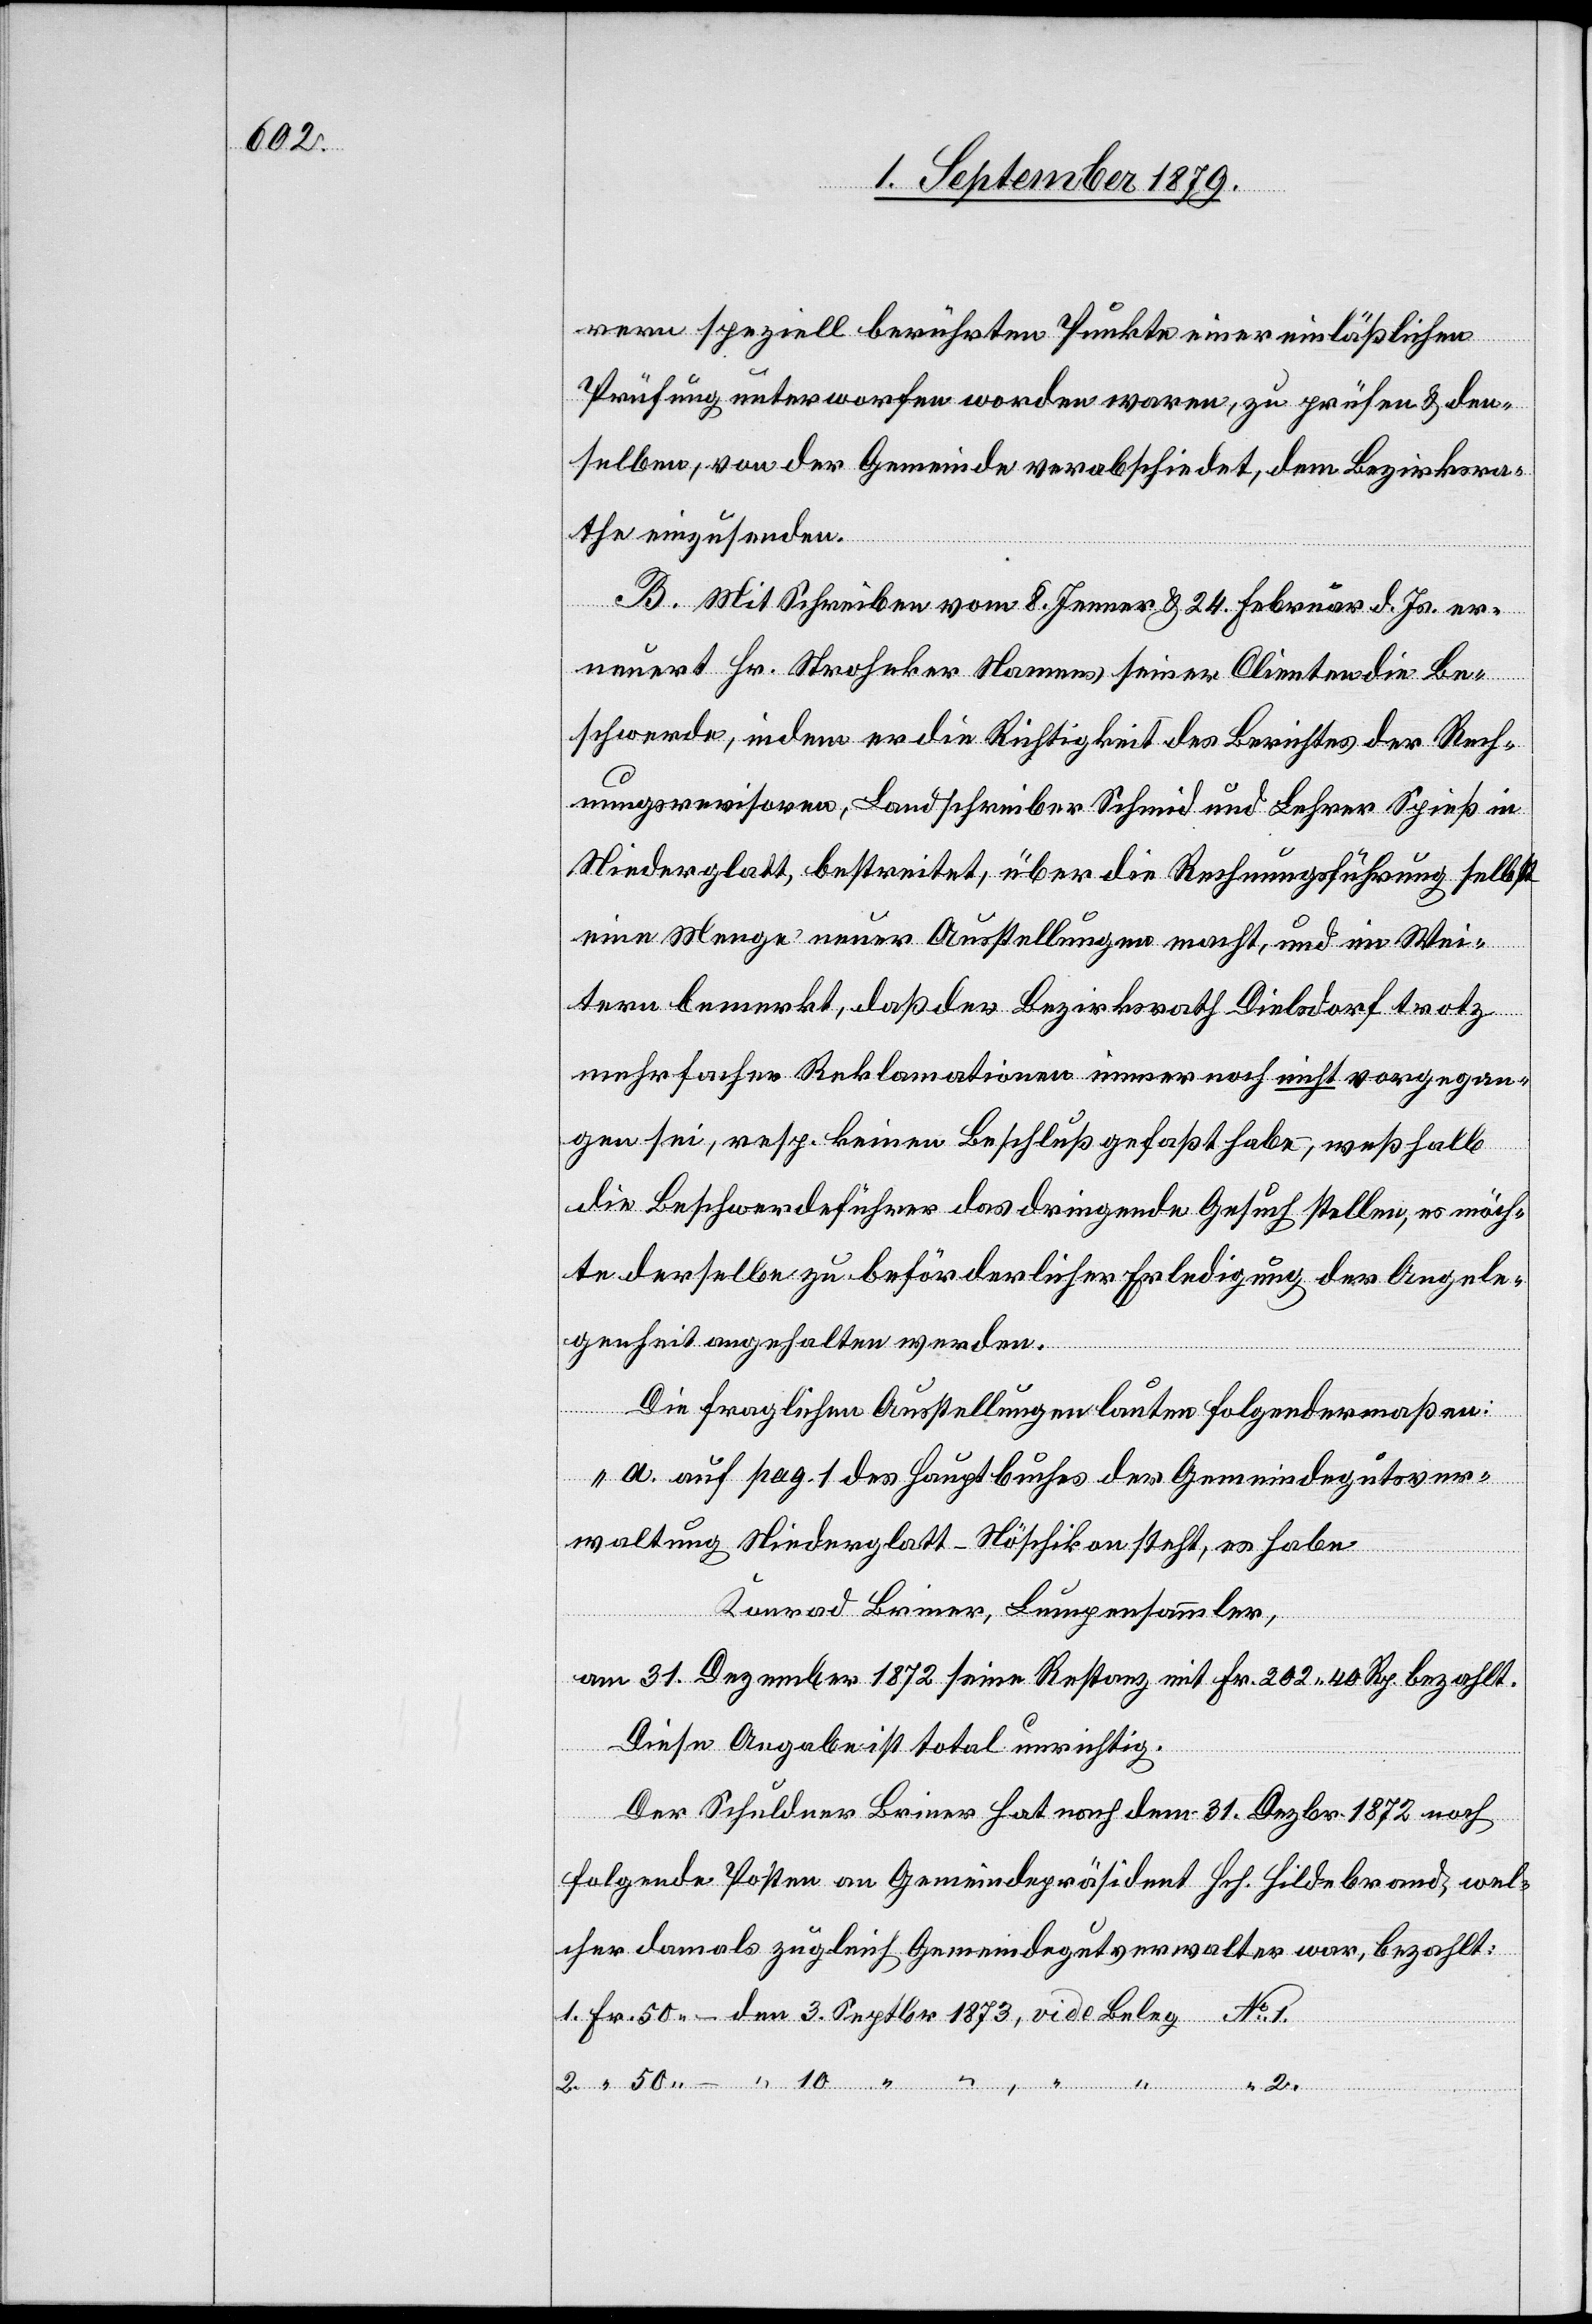
10.
rern speziell berührten Punkte einer einläßlichen
Prüfung unterworfen worden waren, zu prüfen & den¬
selben, von der Gemeinde verabschiedet, dem Bezirksra¬
the einzusenden.
B. Mit Schreiben vom 8. Jenner & 24. Februar d. Js. er¬
neuert Hr. Stroheker Namens seiner Clienten die Be¬
schwerde, indem er die Richtigkeit des Berichtes der Rech¬
nungsrevisoren, Landschreiber Schmid und Lehrer Spieß in
Niederglatt, bestreitet, über die Rechnungsführung selbst
eine Menge neuer Ausstellungen macht, und im Wei¬
tern bemerkt, daß der Bezirksrath Dielsdorf trotz
mehrfacher Reklamationen immer noch nicht vorgegan¬
gen sei, resp. keinen Beschluß gefaßt habe, weßhalb
die Beschwerdeführer das dringende Gesuch stellen, es möch¬
te derselbe zu beförderlicher Erledigung der Angele¬
genheit angehalten werden.
Die fraglichen Ausstellungen lauten folgendermaßen:
„a. auf pag. 1 des Hauptbuches der Gemeindegutsver¬
waltung Niederglatt - Nöschikon steht, es habe
Konrad Briner, Lumpensammler,
am 31. Dezember 1872 seine Restanz mit Fr. 202 40 Rp. bezahlt.
Diese Angabe ist total unrichtig.
Der Schuldner Briner hat nach dem 31. Dezbr. 1872 noch
folgende Posten an Gemeindepräsident Hch. Hildebrand, wel¬
cher damals zugleich Gemeindegutsverwalter war, bezahlt:
1. Fr. 50 – den 3. Septbr. 1873, vide Beleg No 1.
“ 2.